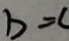
b = c